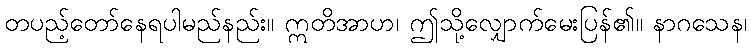
တပည့်တော်နေရပါမည်နည်း။ ဣတိအာဟ၊ ဤသို့လျှောက်မေးပြန်၏။ နာဂသေန၊